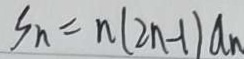
S _ { n } = n ( 2 n - 1 ) a _ { n }